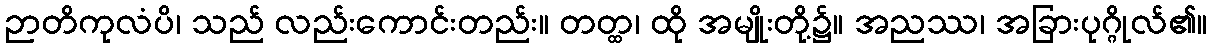
ဉာတိကုလံပိ၊ သည် လည်းကောင်းတည်း။ တတ္ထ၊ ထို အမျိုးတို့၌။ အညဿ၊ အခြားပုဂ္ဂိုလ်၏။